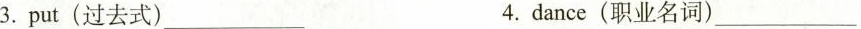
3.put(过去式)___ 4.dance(职业名词)___